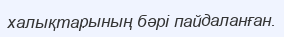
халықтарының бәрі пайдаланған.